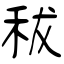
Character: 秡